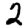
Digit: 2